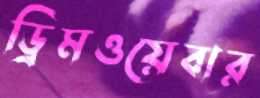
ড্রিমওয়েবার